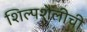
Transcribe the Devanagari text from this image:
शिल्पशैलीची